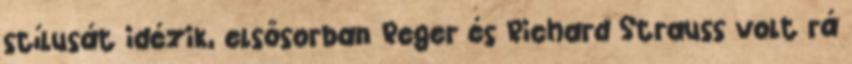
stílusát idézik, elsősorban Reger és Richard Strauss volt rá